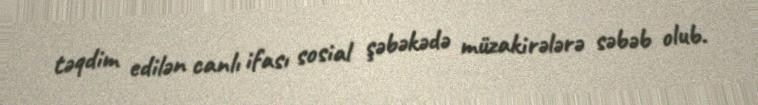
təqdim edilən canlı ifası sosial şəbəkədə müzakirələrə səbəb olub.